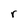
Character: r